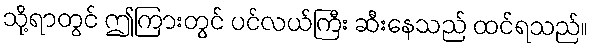
သို့ရာတွင် ဤကြားတွင် ပင်လယ်ကြီး ဆီးနေသည် ထင်ရသည်။